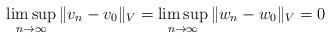
LaTeX: \begin{align*} \limsup_{ n\rightarrow\infty } \| v_n - v_0 \|_V = \limsup_{ n\rightarrow\infty } \| w_n - w_0 \|_V = 0\end{align*}